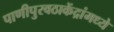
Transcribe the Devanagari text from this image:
पाणीपुरवठाकेंद्रांमध्ये